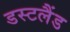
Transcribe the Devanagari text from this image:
डस्टलैंड